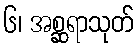
၆၊ အစ္ဆရာသုတ်